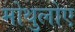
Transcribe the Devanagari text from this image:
मोथुलोए